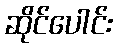
ဆိုင်ပေါင်း